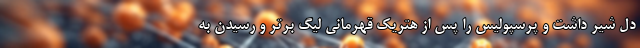
دل شیر داشت و پرسپولیس را پس از هتریک قهرمانی لیگ برتر و رسیدن به